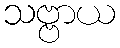
သဗ္ဗာယ